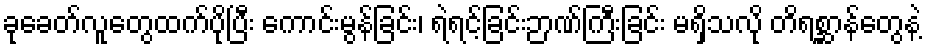
ခုခေတ်လူတွေထက်ပိုပြီး ကောင်းမွန်ခြင်း၊ ရဲရင့်ခြင်းဉာဏ်ကြီးခြင်း မရှိသလို တိရစ္ဆာန်တွေနဲ့